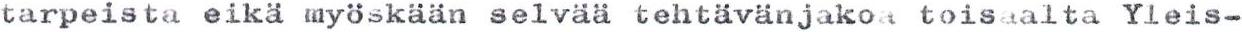
tarpeista eikä myöskään selvää tehtävänjakoa toisaalta Yleis-